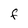
Character: F